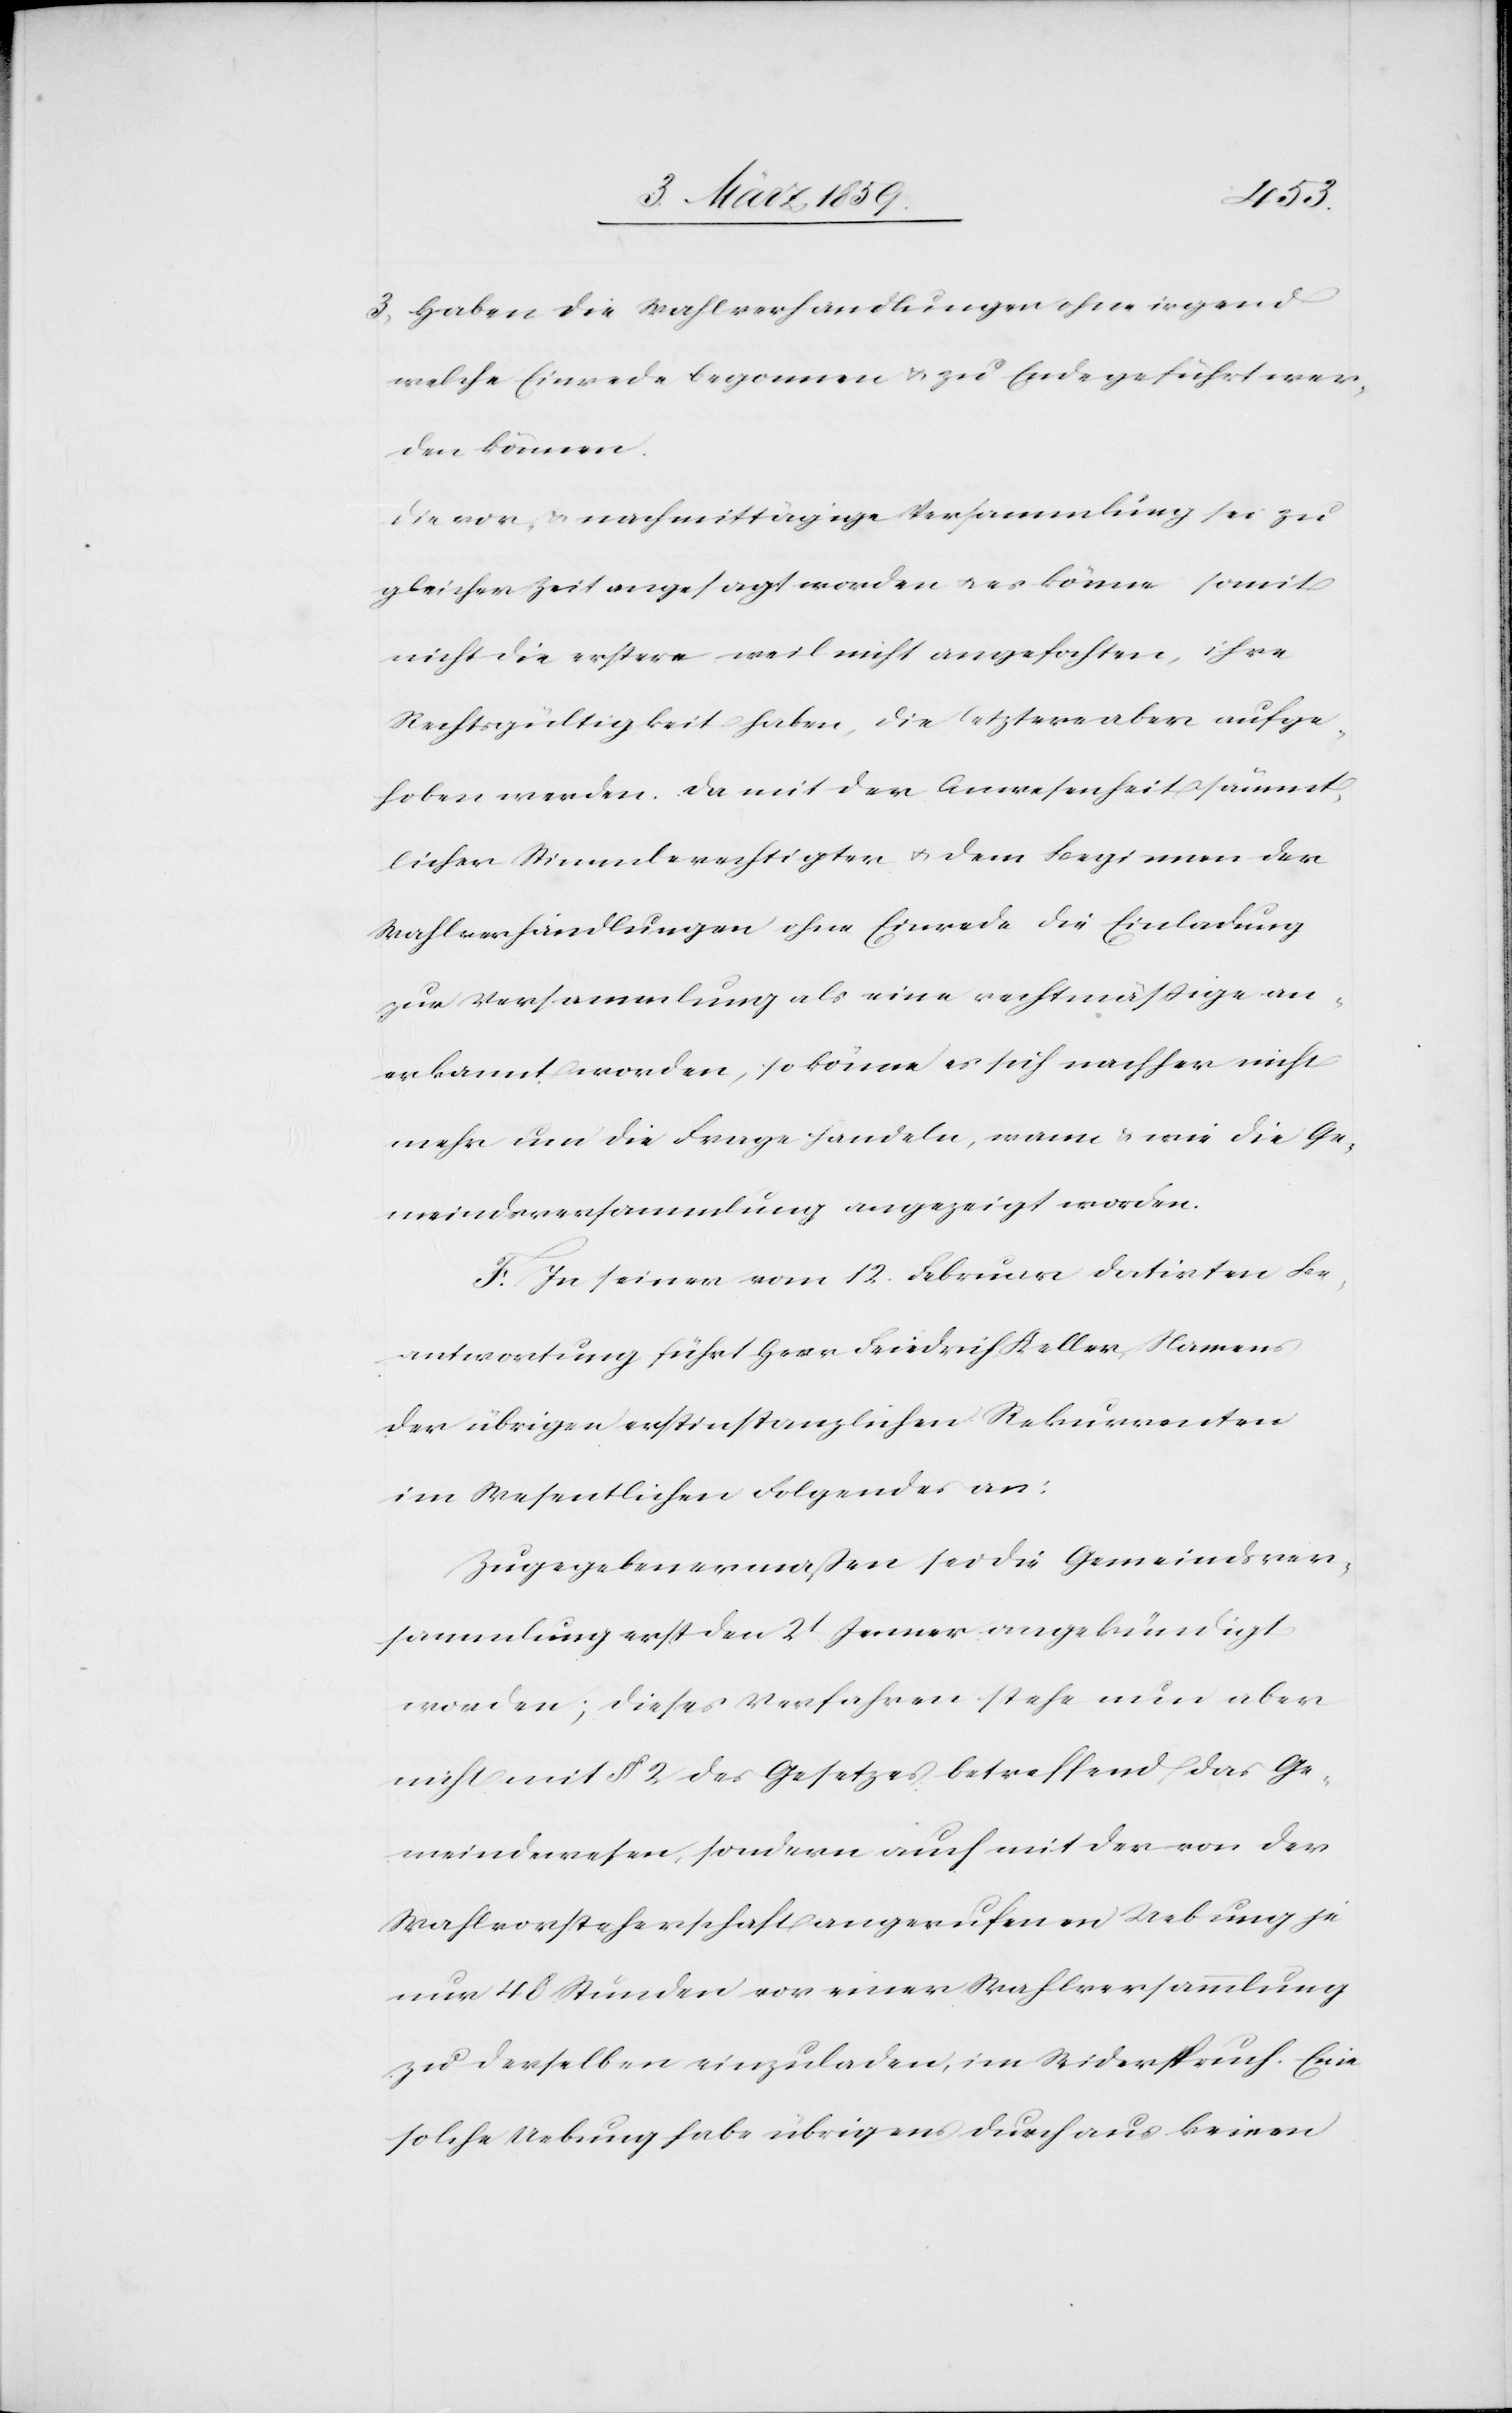
3) Haben die Wahlverhandlungen ohne irgend
welche Einrede begonnen u. zu Ende geführt wer¬
den können.
Die vor- & nachmittägige Versammlung sei zu
gleicher Zeit angesagt worden u. es könne somit
nicht die erstere weil nicht angefochten, ihre
Rechtsgültigkeit haben, die letztere aber aufge¬
hoben werden. Da mit der Anwesenheit sämmt¬
licher Stimmberechtigter u. dem Beginnen der
Wahlverhandlungen ohne Einrede die Einladung
zur Versammlung als eine rechtmäßige an¬
erkannt worden, so könne es sich nachher nicht
mehr um die Frage handeln, wann & wie die Ge¬
meindeversammlung angezeigt worden.
F. In seiner vom 12. Februar datirten Be¬
antwortung führt Herr Friedrich Keller, Namens
der übrigen erstinstanzlichen Rekurrenten
im Wesentlichen Folgendes an:
Zugegebenermaßen sei die Gemeindever¬
sammlung erst den 2t Jenner angekündigt
worden; dieses Verfahren stehe nun aber
nicht [nur] mit § 2 des Gesetzes betreffend das Ge¬
meindewesen, sondern auch mit der von der
Wahlvorsteherschaft angerufenen Uebung je
nur 48 Stunden vor einer Wahlversammlung
zu derselben einzuladen, im Widerspruch. Eine
solche Uebung habe übrigens durchaus keinen